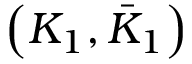
\left( K _ { 1 } , \bar { K } _ { 1 } \right)